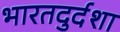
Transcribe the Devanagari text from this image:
भारतदुर्दशा